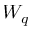
W _ { q }